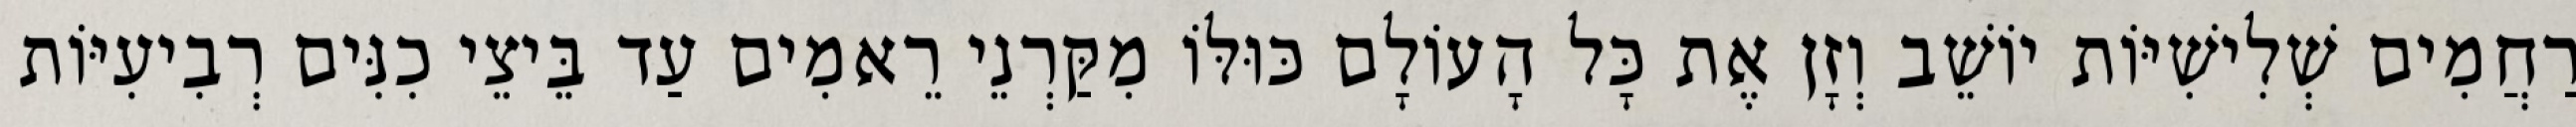
רַחֲמִים שְׁלִישִׁיּוֹת יוֹשֵׁב וְזָן אֶת כָּל הָעוֹלָם כּוּלּוֹ מִקַּרְנֵי רֵאמִים עַד בֵּיצֵי כִנִּים רְבִיעִיּוֹת